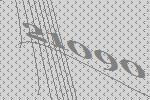
21090